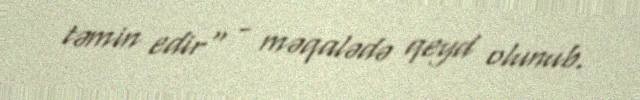
təmin edir" - məqalədə qeyd olunub.